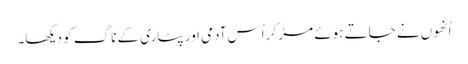
اُنھوں نے جاتے ہوئے مڑ کر اُس آدمی اور پٹاری کے ناگ کو دیکھا۔